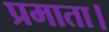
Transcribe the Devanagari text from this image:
प्रमाता।